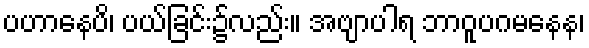
ပဟာနေပိ၊ ပယ်ခြင်း၌လည်း။ အဗျာပါရ ဘာဝူပဂမနေန၊